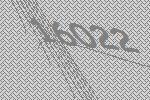
16022